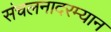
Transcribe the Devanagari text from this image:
संचलनादरम्यान